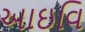
આઇવિ